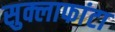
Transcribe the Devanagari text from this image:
सुक्लाफांटा